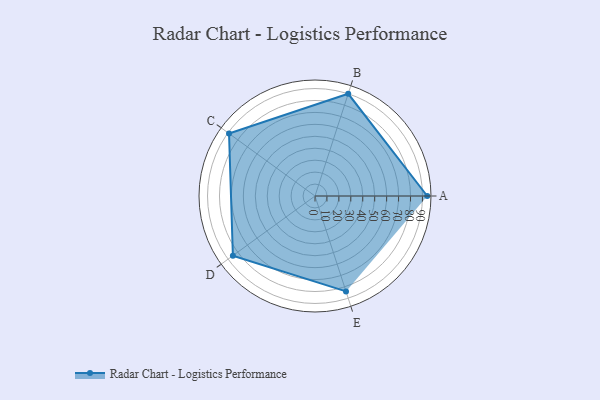
{"axis": {"x": "Skill", "y": "Score"}, "legend": ["Profile"], "data": [{"x": "A", "y": 94.0, "type": "Profile"}, {"x": "B", "y": 90.0, "type": "Profile"}, {"x": "C", "y": 89.0, "type": "Profile"}, {"x": "D", "y": 85.0, "type": "Profile"}, {"x": "E", "y": 84.0, "type": "Profile"}]}